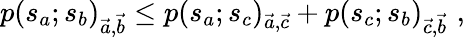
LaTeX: p(s_{a};s_{b})_{\vec{a},\vec{b}}\leq p(s_{a};s_{c})_{\vec{a},\vec{c}}+p(s_{c};s_{b})_{\vec{c},\vec{b}}\, \, ,